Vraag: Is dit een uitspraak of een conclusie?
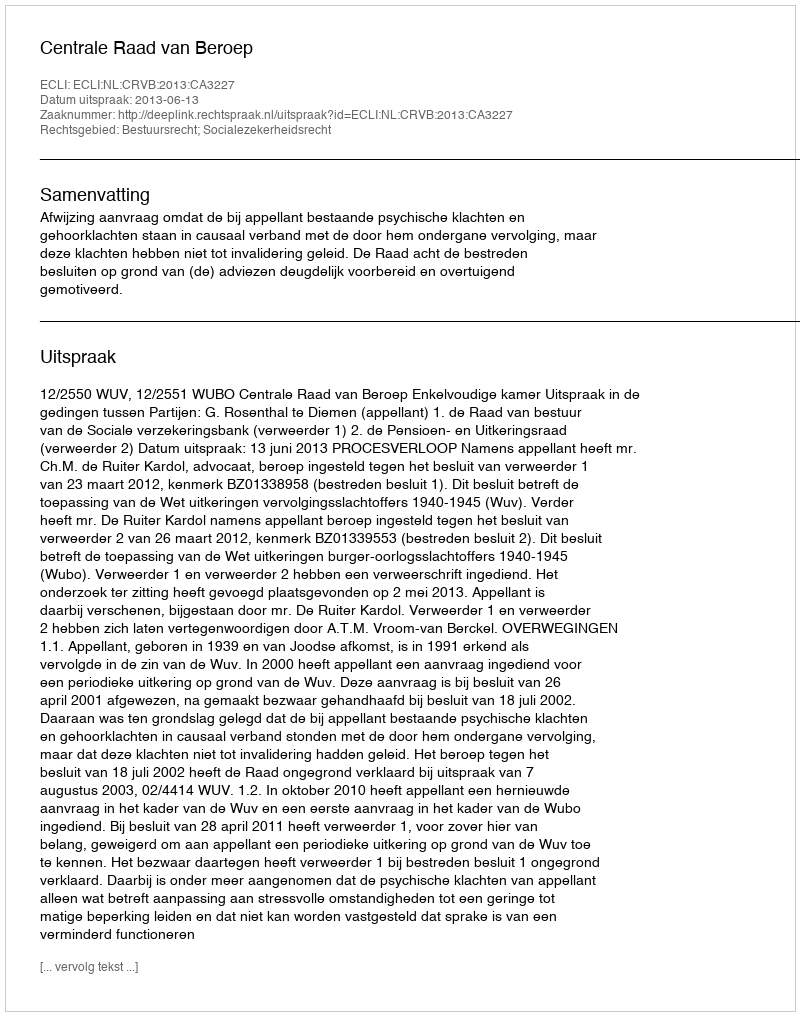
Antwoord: Uitspraak